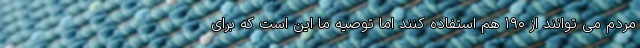
مردم می توانند از ۱۹۰ هم استفاده کنند اما توصیه ما این است که برای